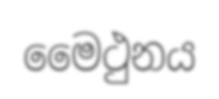
මෛථුනය